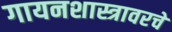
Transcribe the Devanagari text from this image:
गायनशास्त्रावरचे